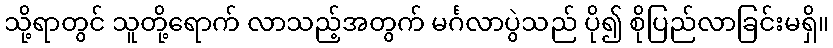
သို့ရာတွင် သူတို့ရောက် လာသည့်အတွက် မင်္ဂလာပွဲသည် ပို၍ စိုပြည်လာခြင်းမရှိ။